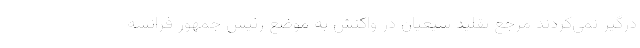
درگیر نمی‌کردند مرجع تقلید شیعیان در واکنش ‌به موضع رئیس جمهور فرانسه